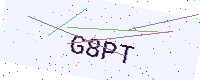
Text: G8PT